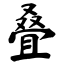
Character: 叠